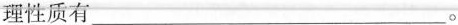
理性质有___。